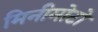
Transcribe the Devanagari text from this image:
मिनीमोटो